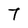
Character: T